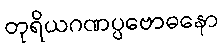
တုရိယဂဏပ္ပဗောဓနော